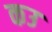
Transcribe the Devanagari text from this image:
कउ